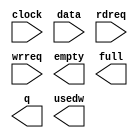
module mf_fifo (
	clock,
	data,
	rdreq,
	wrreq,
	empty,
	full,
	q,
	usedw);

	input	  clock;
	input	[15:0]  data;
	input	  rdreq;
	input	  wrreq;
	output	  empty;
	output	  full;
	output	[15:0]  q;
	output	[11:0]  usedw;

endmodule